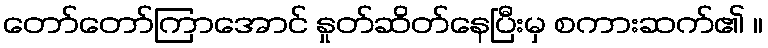
တော်တော်ကြာအောင် နှုတ်ဆိတ်နေပြီးမှ စကားဆက်၏ ။